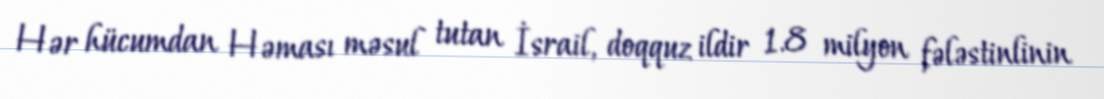
Hər hücumdan Həması məsul tutan İsrail, doqquz ildir 1.8 milyon fələstinlinin